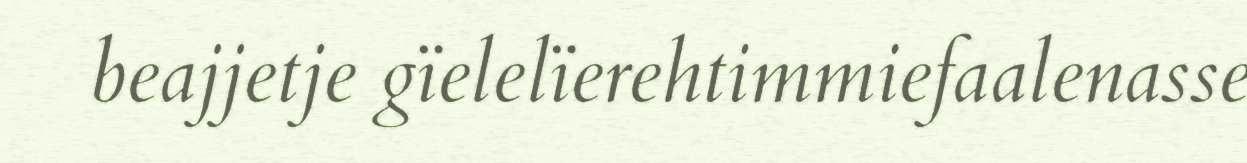
beajjetje gïelelïerehtimmiefaalenasse